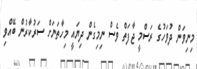
މިނިވަން ދުވަހުގެ ރަސްމީ ޖާފަތް ވެސް ނިމިގެން ދިޔައީ މިހާތަނަށް ސަރުކާރުން ބޭއްވި